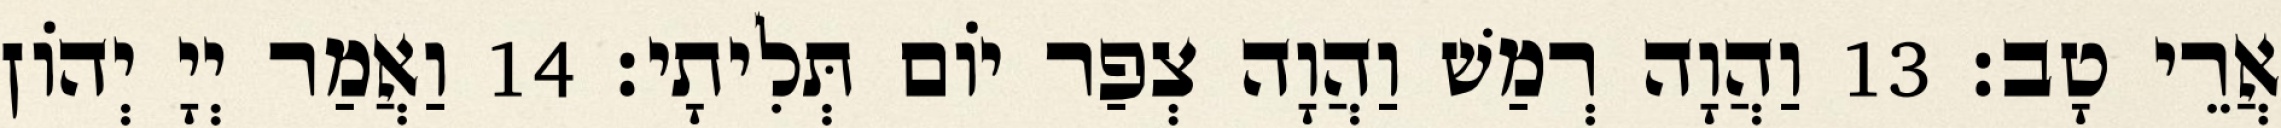
אֲרֵי טָב׃ 13 וַהֲוָה רְמַשׁ וַהֲוָה צְפַר יוֹם תְּלִיתָי׃ 14 וַאֲמַר יְיָ יְהוֹן